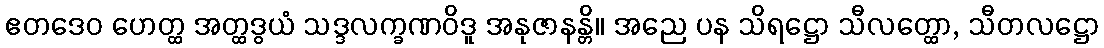
ဧတဒေဝ ဟေတ္ထ အတ္ထဒွယံ သဒ္ဒလက္ခဏဝိဒူ အနုဇာနန္တိ။ အညေ ပန သိရဋ္ဌော သီလတ္ထော, သီတလဋ္ဌော